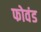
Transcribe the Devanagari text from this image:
फोवंड